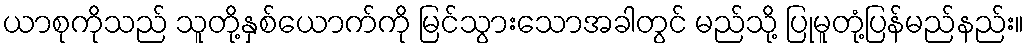
ယာစုကိုသည် သူတို့နှစ်ယောက်ကို မြင်သွားသောအခါတွင် မည်သို့ ပြုမူတုံ့ပြန်မည်နည်း။